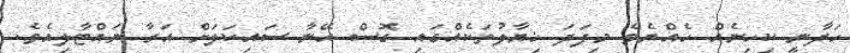
ހަދާނީ ކިހިނެއް ހެއްޔެވެ މިފަދަ ޚިޔާލުތަކެއްގައި ގޮސް އޭނާ ސައިކަލަށް އަރާ ނައްޓާލިއެވެ.